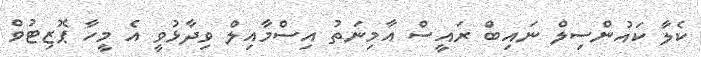
ކެލާ ކައުންސިލް ނައިބް ރައީސް އާމިނަތު އިސްމާއިލް ވިދާޅުވީ އެ މީހާ ޕޮޒިޓުވް